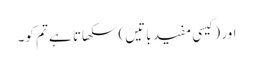
اور (کیسی مفید باتیں) سکھاتا ہے تم کو۔